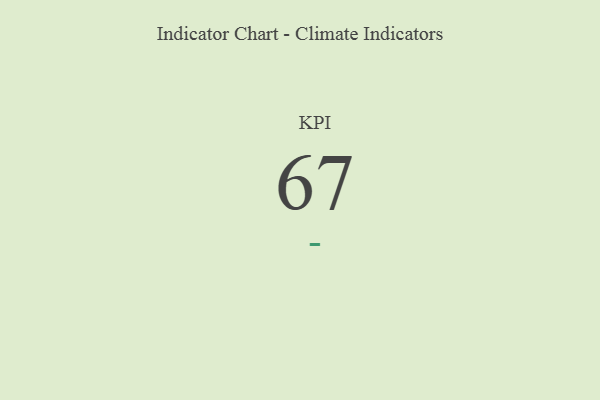
{"axis": {"x": "KPI", "y": "Value"}, "legend": [""], "data": [{"x": "KPI", "y": 67, "type": ""}]}